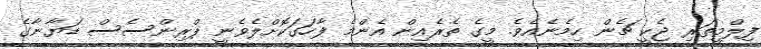
ފިލްމީތަރި ޖެކީ ޗެން ހިމެނެއެވެ. މީގެ ތެރެއިން އެންމެ ފާހަގަކޮށްލެވެނީ ޕްރިންސެސް ޑަޔާނާގެ